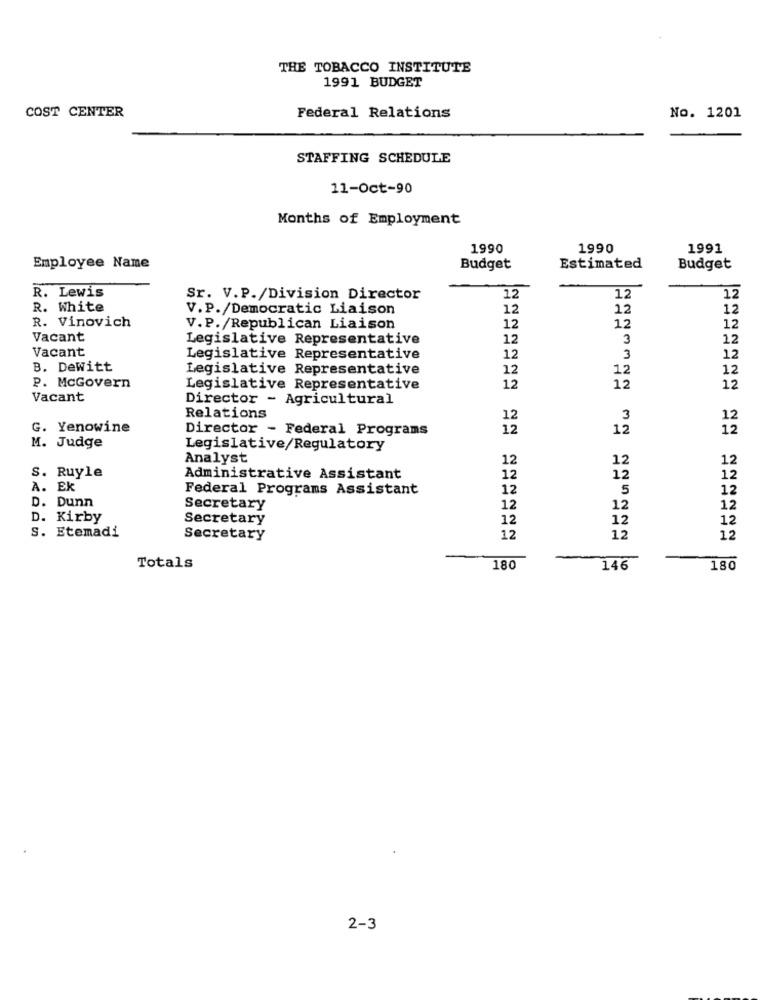
THE TOBACCO INSTITUTE
1991 BUDGET
COST CENTER
Federal Relations
No. 1201
STAFFING SCHEDULE
11-Oct-90
Months of Employment
1990
1990
1991
Employee Name
Budget
Estimated
Budget
R. Lewis
Sr. V.P./Division Director
12
12
12
R. White
V.P./Democratic Liaison
12
12
12
R. Vinovich
V.P./Republican Liaison
12
12
12
Vacant
Legislative Representative
12
3
12
Vacant
Legislative Representative
12
3
12
B. Dewitt
Legislative Representative
12
12
12
P. McGovern
Legislative Representative
12
12
12
Vacant
Director - Agricultural
Relations
12
3
12
G. Yenowine
Director - Federal Programs
12
12
12
M. Judge
Legislative/Regulatory
Analyst
12
12
12
S. Ruyle
Administrative Assistant
12
12
12
A. EK
Federal Programs Assistant
12
5
12
D. Dunn
Secretary
12
12
12
D.
Kirby
Secretary
12
12
12
S. Etemadi
Secretary
12
12
12
Totals
180
146
180
2-3